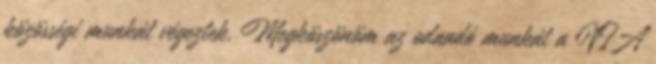
közösségi munkát végeztek. Megköszönöm az odaadó munkát a VIA